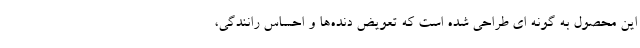
این محصول به گونه ای طراحی شده است که تعویض دنده‌ها و احساس رانندگی،